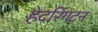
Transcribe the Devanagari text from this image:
हेदरिंगटन